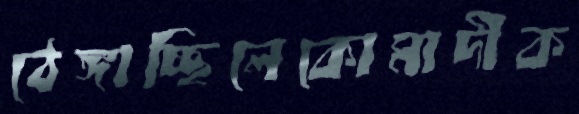
ঠেঙ্গাচ্ছিলেকোমাদীক